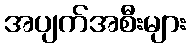
အပျက်အစီးများ